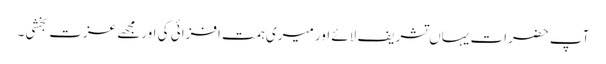
آپ حضرات یہاں تشریف لائے اور میری ہمت افزائی کی اورمجھے عزت بخشی۔